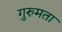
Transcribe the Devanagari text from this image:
गुरुमता